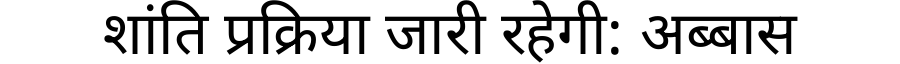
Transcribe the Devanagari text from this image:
शांति प्रक्रिया जारी रहेगी: अब्बास